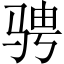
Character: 骋